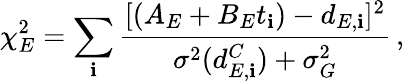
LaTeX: \chi_{E}^{2}=\sum_{\mathbf{i}}\frac{{[(A_{E}+B_{E}t_{\mathbf{i}})-d_{E,\mathbf{i}}]^{2}}}{{\sigma^{2}(d_{E,\mathbf{i}}^{C})+\sigma_{G}^{2}}}\, ,